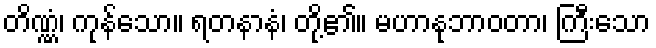
တိဏ္ဏံ၊ ကုန်သော။ ရတနာနံ၊ တို့၏။ မဟာနုဘာဝတာ၊ ကြီးသော